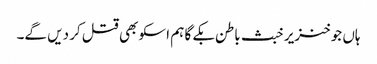
ہاں جو خنزیر خبث باطن بکے گا ہم اسکو بھی قتل کر دیں گے۔